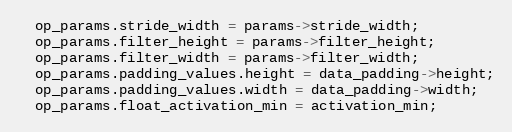
Language: C++
  op_params.stride_width = params->stride_width;
  op_params.filter_height = params->filter_height;
  op_params.filter_width = params->filter_width;
  op_params.padding_values.height = data_padding->height;
  op_params.padding_values.width = data_padding->width;
  op_params.float_activation_min = activation_min;